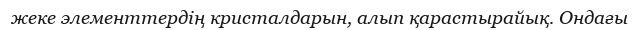
жеке элементтердің кристалдарын, алып қарастырайық. Ондағы